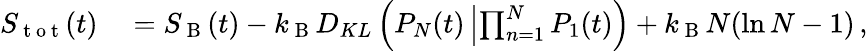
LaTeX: \begin{array}{rl}{S_{\mathrm{~t~o~t~}}(t)}&{{}=S_{\mathrm{~B~}}(t)-k_{\mathrm{~B~}}D_{KL}\left(P_{N}(t)\left|\prod_{n=1}^{N}P_{1}(t)\right.\right)+k_{\mathrm{~B~}}N(\ln N-1)\, ,}\end{array}